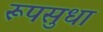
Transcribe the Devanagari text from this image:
रूपसुधा